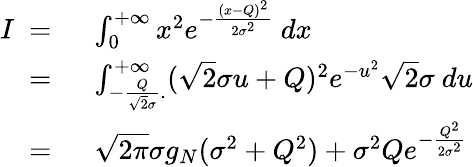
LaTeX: \begin{array}{rl}{I\ =\ }&{\int_{0}^{+\infty}x^{2}e^{-\frac{(x-Q)^{2}}{2\sigma^{2}}}\ dx}\\ {\ =\ }&{\int_{-\frac{Q}{\sqrt{2}\sigma}.}^{+\infty}(\sqrt{2}\sigma u+Q)^{2}e^{-u^{2}}\sqrt{2}\sigma\ du}\\ {\ =\ }&{\sqrt{2\pi}\sigma g_{N}(\sigma^{2}+Q^{2})+\sigma^{2}Qe^{-\frac{Q^{2}}{2\sigma^{2}}}}\end{array}